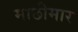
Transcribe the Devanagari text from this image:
माछीमार